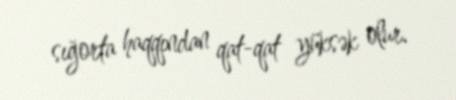
sığorta haqqından qat-qat yüksək olur.